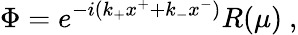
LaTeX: \Phi=e^{-i(k_{+}x^{+}+k_{-}x^{-})}R(\mu)\ ,